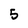
Character: 5